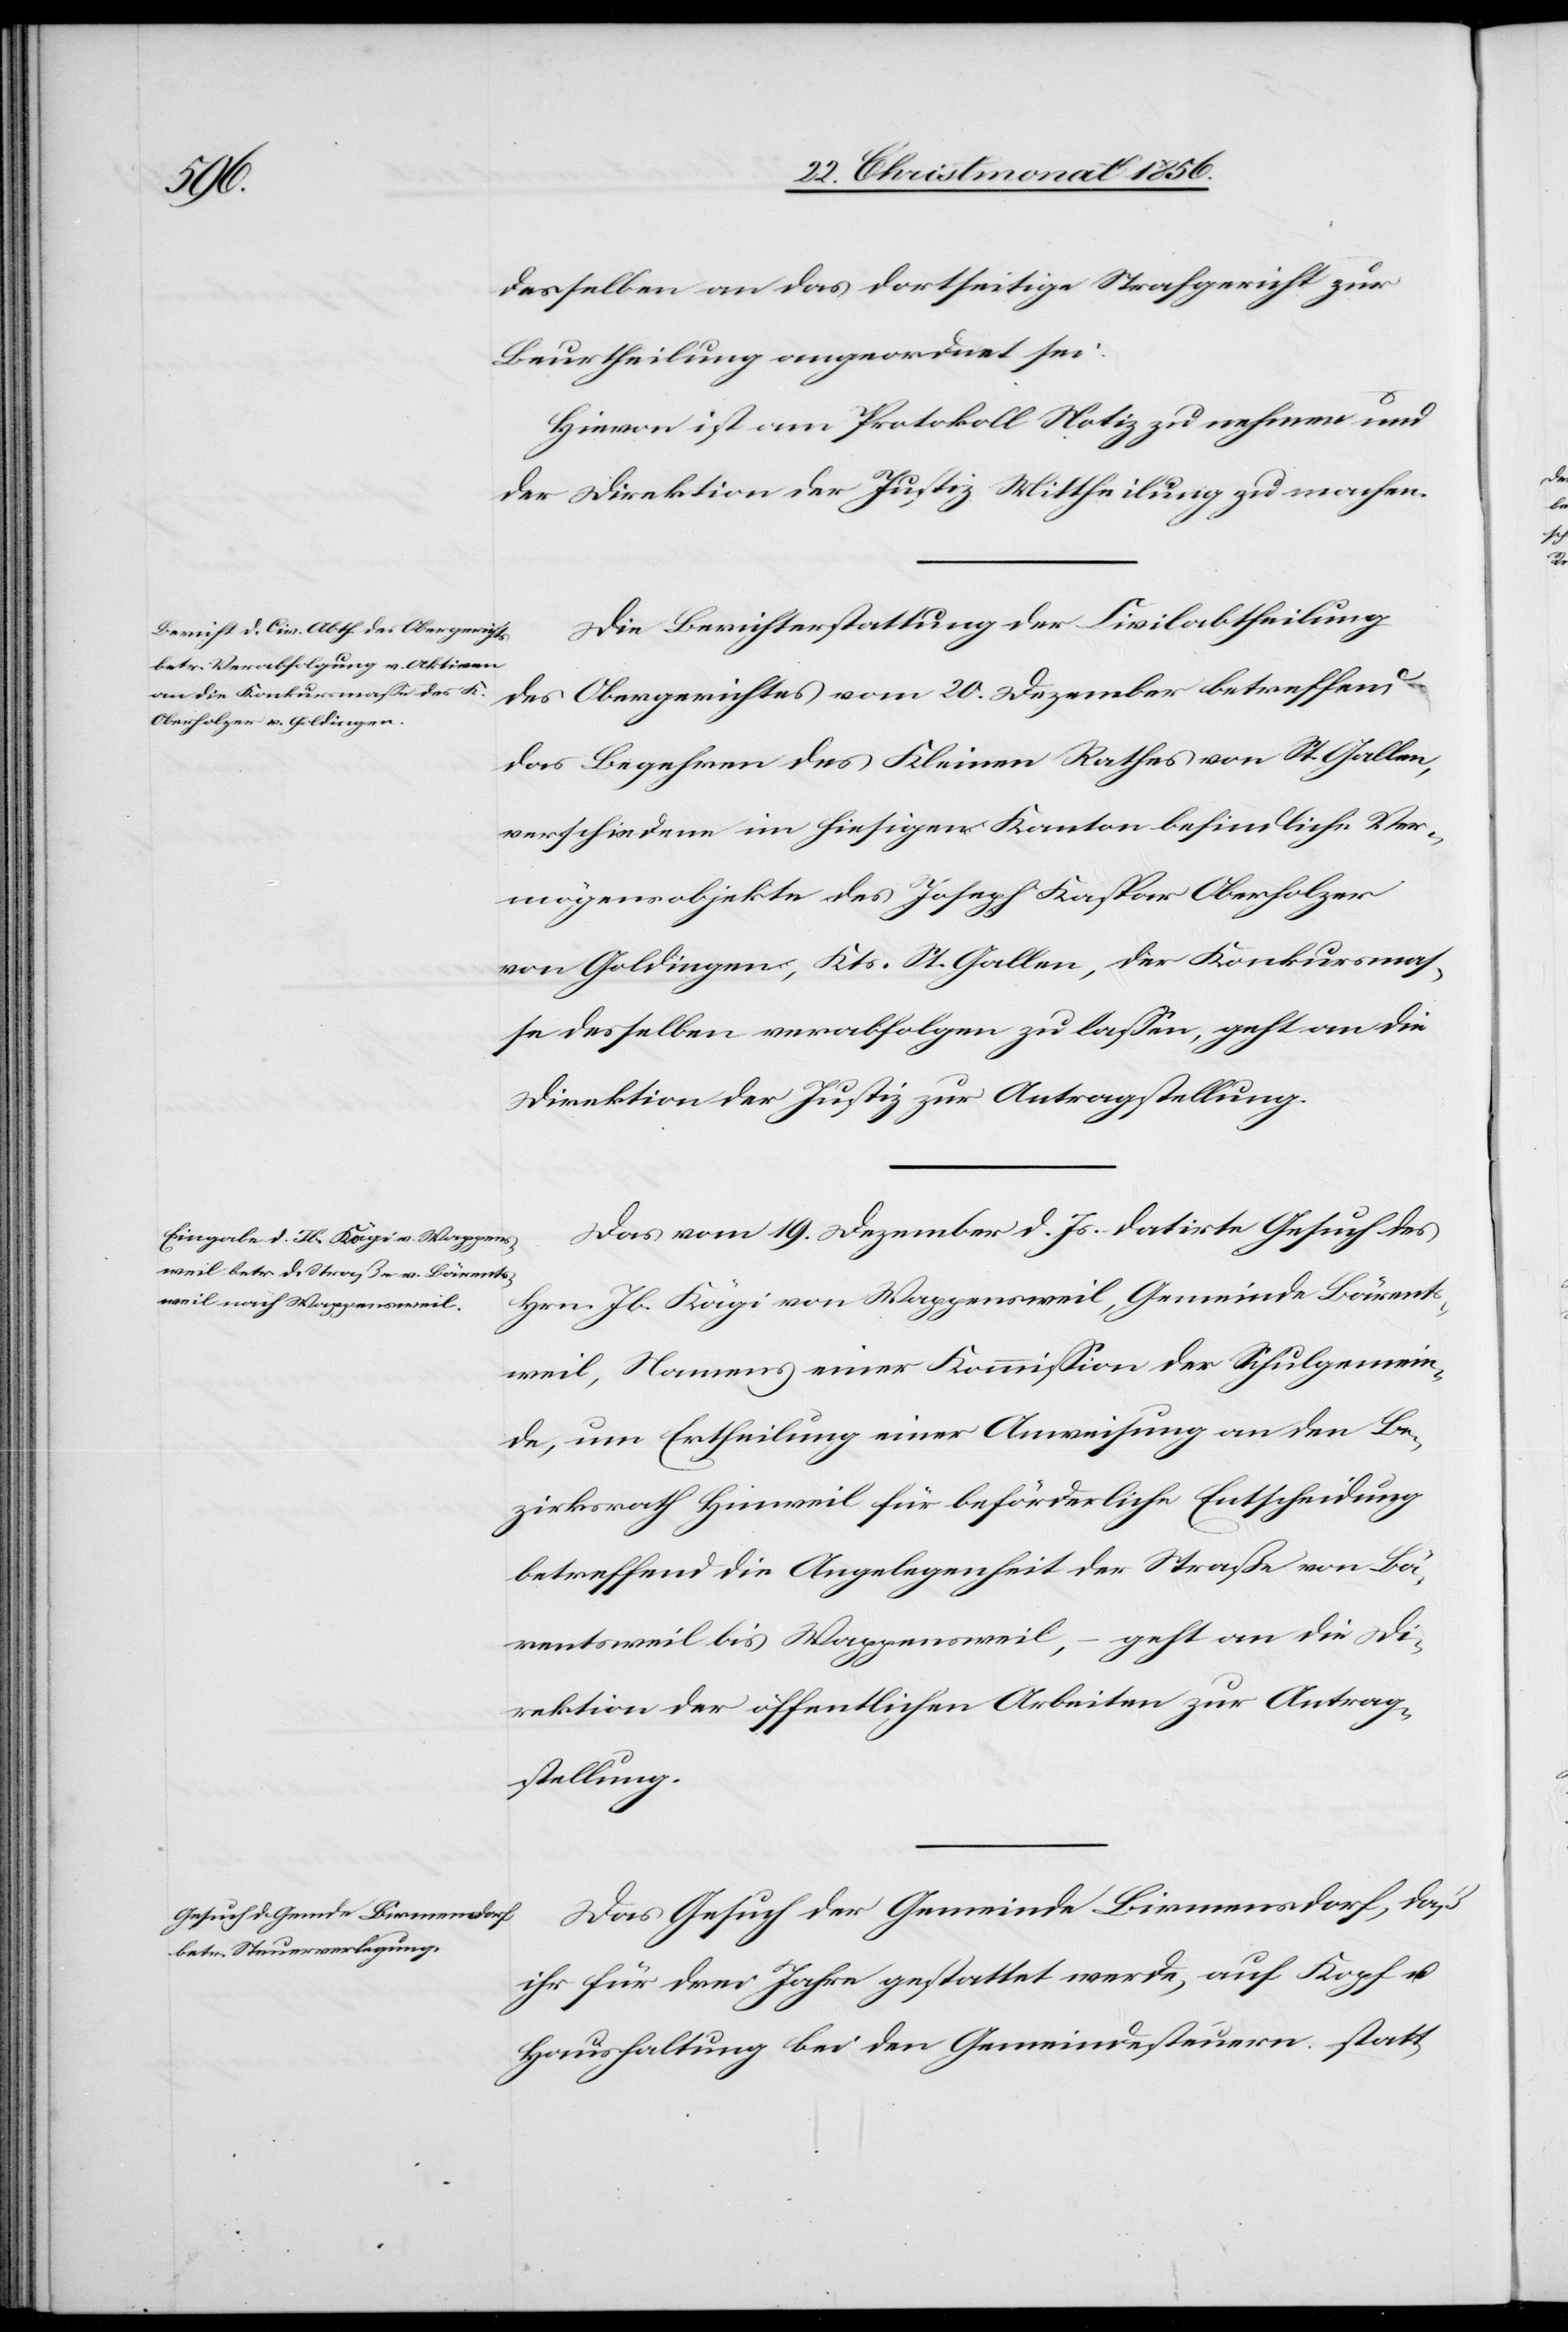
23. Christmonat 1856.]
desselben an das dortseitige Strafgericht zur
Beurtheilung angeordnet sei.
Hievon ist am Protokoll Notiz zu nehmen und
der Direktion der Justiz Mittheilung zu machen.
Die Berichterstattung der Civilabtheilung
des Obergerichtes vom 20. Dezember betreffend
das Begehren des Kleinen Rathes von St. Gallen,
verschiedene im hiesigen Kanton befindliche Ver¬
mögensobjekte des Joseph Kaspar Oberholzer
von Goldingen, Kts. St. Gallen, der Konkursmas¬
se desselben verabfolgen zu lassen, geht an die
Direktion der Justiz zur Antragstellung.
Das vom 19. Dezember d. Js. datirte Gesuch des
Hrn. Jb. Kägi von Wappensweil, Gemeinde Bärents¬
weil, Namens einer Kommission der Schulgemein¬
de, um Ertheilung einer Anweisung an den Be¬
zirksrath Hinweil für beförderliche Entscheidung
betreffend die Angelegenheit der Straße von Bä¬
rentsweil bis Wappensweil, – geht an die Di¬
rektion der öffentlichen Arbeiten zur Antrag¬
stellung.
Das Gesuch der Gemeinde Birmensdorf, daß
ihr für drei Jahre gestattet werde, auf Kopf u.
Haushaltung bei den Gemeindesteuern statt